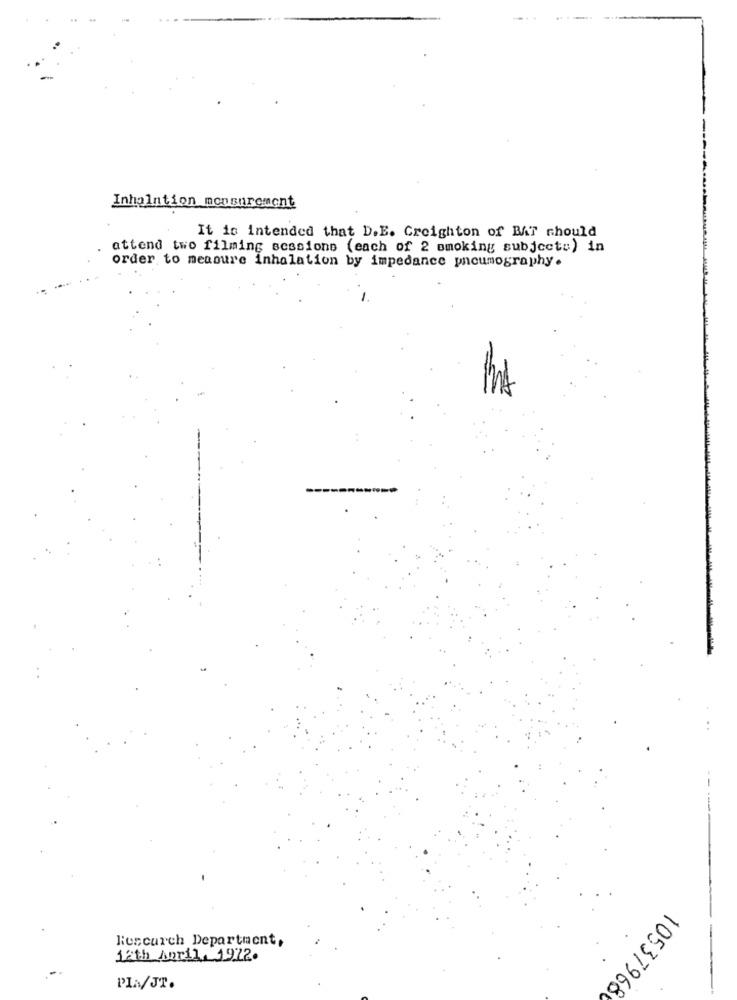
Inholntion monsurement
It is intended that D.E. Creighton of BAT should
attend two filming sessions (each of 2 smoking subjects) in
order to measure inhalation by impedance pneumography.
Rescarch Department,
12th April 1912.
10537968
PLA/JT.